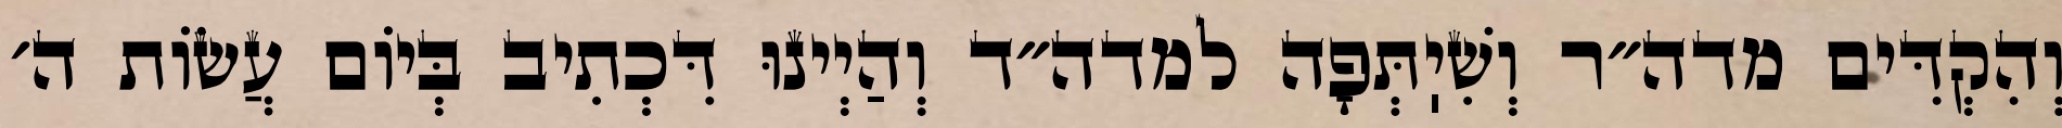
וְהִקְדִּים מדה״ר וְשִׁיֽתְּפָה למדה״ד וְהַיְינוּ דִּכְתִיב בְּיוֹם עֲשׂוֹת ה׳